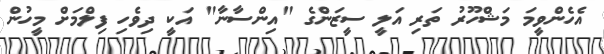
އެހެންވީމަ މަޝްހޫރު ތަރި އަލީ ސީޒަންގެ "އިންސާނާ" އަކީ ދިވެހި ފިލްމަށް މީހުން